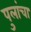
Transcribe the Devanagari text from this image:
पुलांचा